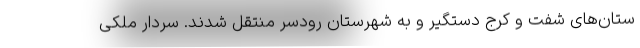
ستان‌های شفت و کرج دستگیر و به شهرستان رودسر منتقل شدند. سردار ملکی